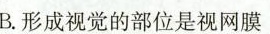
B.形成视觉的部位是视网膜